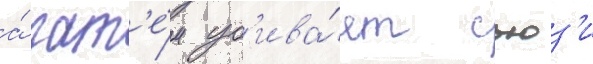
а́ зат'е́м уб'ива́ет сьюз'и